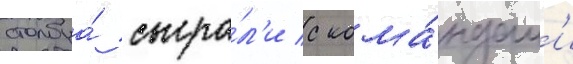
столбца́ сыгра́л'и с кома́ндам'и